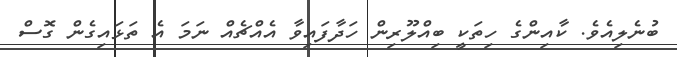
ބުނެލިއެވެ. ކާއިންގެ ހިތަކީ ބިއްލޫރިން ހަދާފައިވާ އެއްޗެއް ނަމަ އެ ތަޅައިގެން ގޮސް